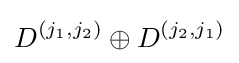
D^{(j_{1},j_{2})}\oplus D^{(j_{2},j_{1})}